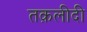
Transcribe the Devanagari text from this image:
तक़लीदी